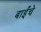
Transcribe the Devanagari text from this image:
बाईंचे